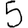
Digit: 5